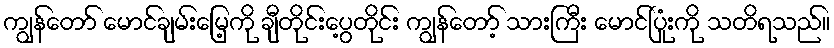
ကျွန်တော် မောင်ချမ်းမြေ့ကို ချီတိုင်းပွေ့တိုင်း ကျွန်တော့် သားကြီး မောင်ပြုံးကို သတိရသည်။